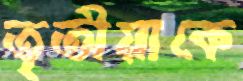
তৃতীয়াকে